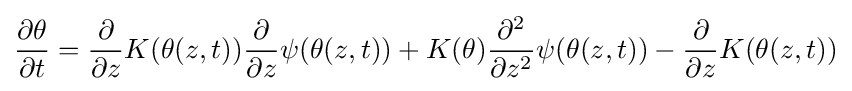
{\frac {\partial \theta }{\partial t}}={\frac {\partial }{\partial z}}K(\theta (z,t)){\frac {\partial }{\partial z}}\psi (\theta (z,t))+K(\theta ){\frac {\partial ^{2}}{\partial z^{2}}}\psi (\theta (z,t))-{\frac {\partial }{\partial z}}K(\theta (z,t))